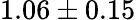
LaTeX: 1.06\pm 0.15